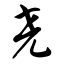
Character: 尧